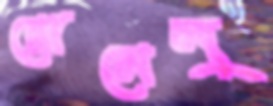
রোমেলু